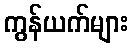
ကွန်ယက်များ